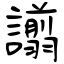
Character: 譾